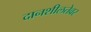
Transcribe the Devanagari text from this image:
दानशीलतेवर